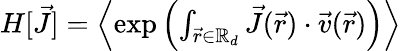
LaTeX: \begin{array}{r}{H[\vec{J}]=\left\langle\exp\left(\int_{\vec{r}\in\mathbb{R}_{d}}\vec{J}(\vec{r})\cdot\vec{v}(\vec{r})\right)\right\rangle}\end{array}